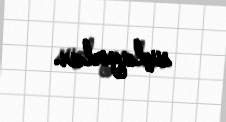
suçlayırlar.